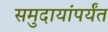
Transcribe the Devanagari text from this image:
समुदायांपर्यंत